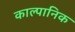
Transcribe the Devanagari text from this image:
काल्पानिक